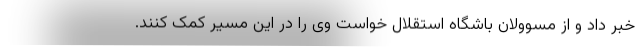
خبر داد و از مسوولان باشگاه استقلال خواست وی را در این مسیر کمک کنند.